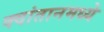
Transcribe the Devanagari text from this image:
क्वांतानमध्ये